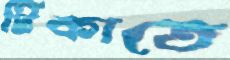
টিকাতে